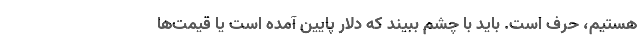
هستیم، حرف است. باید با چشم ببیند که دلار پایین آمده است یا قیمت‌ها